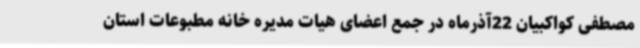
مصطفی کواکبیان 22آذرماه در جمع اعضای هیات مدیره خانه مطبوعات استان